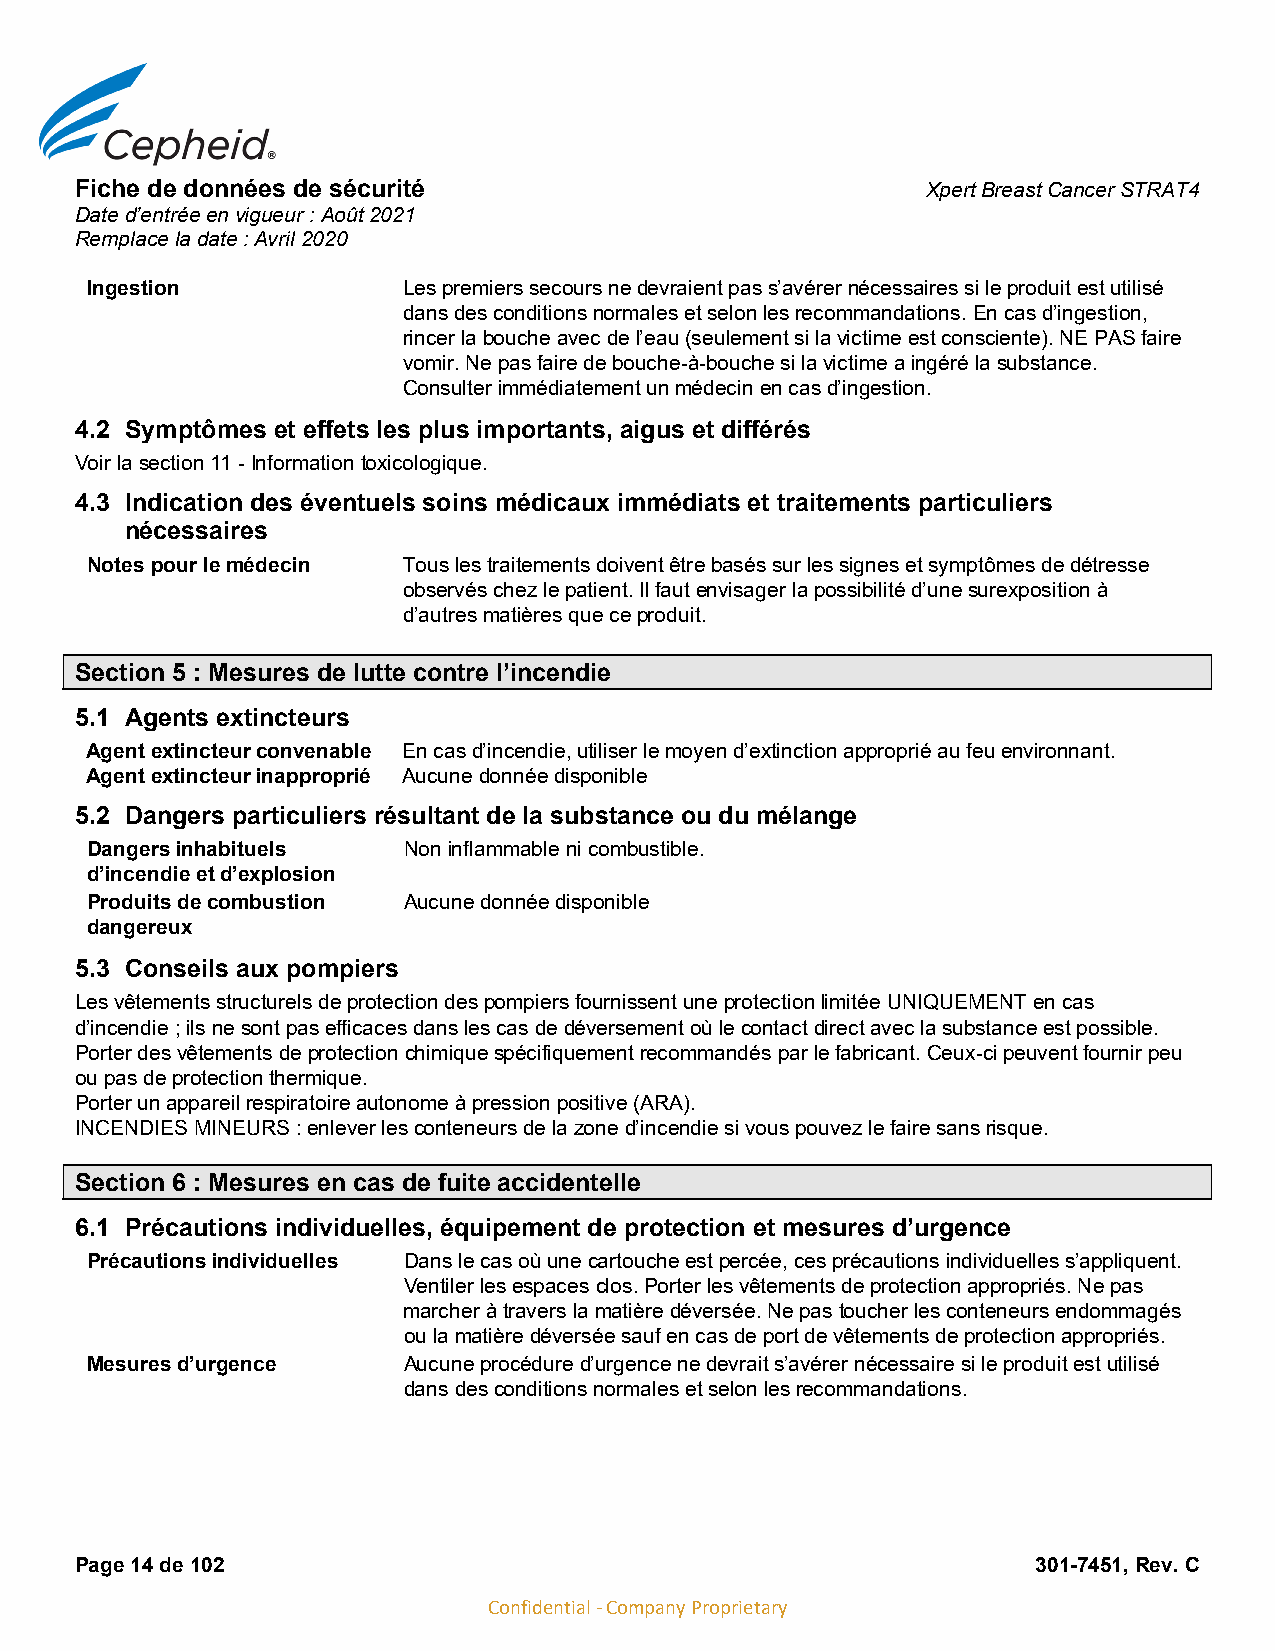
Fiche de données de sécurité                            Xpert Breast Cancer STRAT4
 Date d’entrée en vigueur : Août 2021
 Remplace la date : Avril 2020
 Ingestion            Les premiers secours ne devraient pas s’avérer nécessaires si le produit est utilisé
 dans des conditions normales et selon les recommandations. En cas d’ingestion,
 rincer la bouche avec de l’eau (seulement si la victime est consciente). NE PAS faire
 vomir. Ne pas faire de bouche-à-bouche si la victime a ingéré la substance.
 Consulter immédiatement un médecin en cas d’ingestion.
 4.2 Symptômes et effets les plus importants, aigus et différés
 Voir la section 11 - Information toxicologique.
 4.3 Indication des éventuels soins médicaux immédiats et traitements particuliers
 nécessaires
 Notes pour le médecin Tous les traitements doivent être basés sur les signes et symptômes de détresse
 observés chez le patient. Il faut envisager la possibilité d’une surexposition à
 d’autres matières que ce produit.
 Section 5 : Mesures de lutte contre l’incendie
 5.1 Agents extincteurs
 Agent extincteur convenable En cas d’incendie, utiliser le moyen d’extinction approprié au feu environnant.
 Agent extincteur inapproprié Aucune donnée disponible
 5.2 Dangers particuliers résultant de la substance ou du mélange
 Dangers inhabituels  Non inflammable ni combustible.
 d’incendie et d’explosion
 Produits de combustion Aucune donnée disponible
 dangereux
 5.3 Conseils aux pompiers
 Les vêtements structurels de protection des pompiers fournissent une protection limitée UNIQUEMENT en cas
 d’incendie ; ils ne sont pas efficaces dans les cas de déversement où le contact direct avec la substance est possible.
 Porter des vêtements de protection chimique spécifiquement recommandés par le fabricant. Ceux-ci peuvent fournir peu
 ou pas de protection thermique.
 Porter un appareil respiratoire autonome à pression positive (ARA).
 INCENDIES MINEURS : enlever les conteneurs de la zone d’incendie si vous pouvez le faire sans risque.
 Section 6 : Mesures en cas de fuite accidentelle
 6.1 Précautions individuelles, équipement de protection et mesures d’urgence
 Précautions individuelles Dans le cas où une cartouche est percée, ces précautions individuelles s’appliquent.
 Ventiler les espaces clos. Porter les vêtements de protection appropriés. Ne pas
 marcher à travers la matière déversée. Ne pas toucher les conteneurs endommagés
 ou la matière déversée sauf en cas de port de vêtements de protection appropriés.
 Mesures d’urgence    Aucune procédure d’urgence ne devrait s’avérer nécessaire si le produit est utilisé
 dans des conditions normales et selon les recommandations.
 Page 14 de 102                                                  301-7451, Rev. C
 Confidential - Company Proprietary